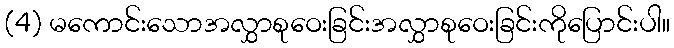
(4) မကောင်းသောအလွှာစုဝေးခြင်းအလွှာစုဝေးခြင်းကိုပြောင်းပါ။